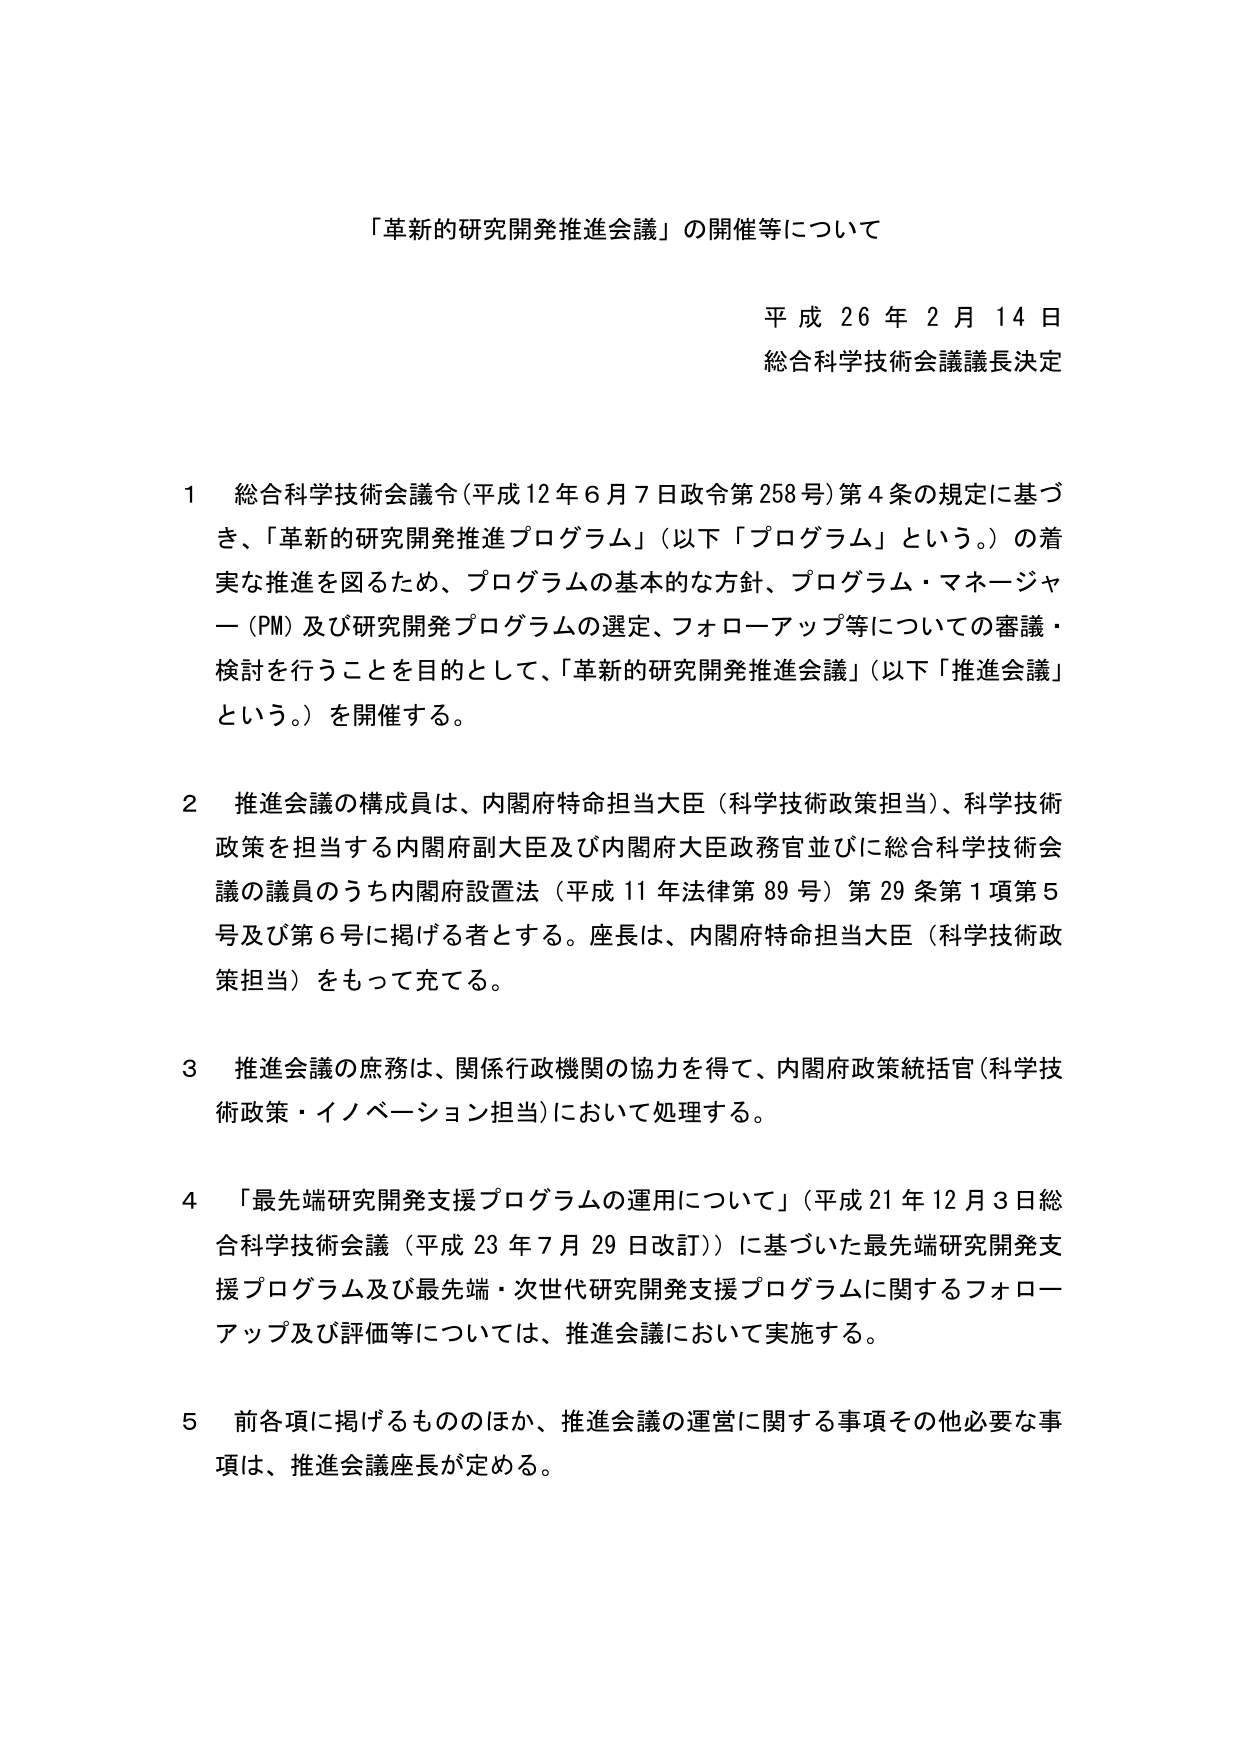
「革新的研究開発推進会議」の開催等について

平成26年2月14日
総合科学技術会議議長決定

1 総合科学技術会議令（平成12年6月7日政令第258号）第4条の規定に基づき、「革新的研究開発推進プログラム」（以下「プログラム」という。）の着実な推進を図るため、プログラムの基本的な方針、プログラム・マネージャー（PM）及び研究開発プログラムの選定、フォローアップ等についての審議・検討を行うことを目的として、「革新的研究開発推進会議」（以下「推進会議」という。）を開催する。

2 推進会議の構成員は、内閣府特命担当大臣（科学技術政策担当）、科学技術政策を担当する内閣府副大臣及び内閣府大臣政務官並びに総合科学技術会議の議員のうち内閣府設置法（平成11年法律第89号）第29条第1項第5号及び第6号に掲げる者とする。座長は、内閣府特命担当大臣（科学技術政策担当）をもって充てる。

3 推進会議の庶務は、関係行政機関の協力を得て、内閣府政策統括官（科学技術政策・イノベーション担当）において処理する。

4 「最先端研究開発支援プログラムの運用について」（平成21年12月3日総合科学技術会議（平成23年7月29日改訂））に基づいた最先端研究開発支援プログラム及び最先端・次世代研究開発支援プログラムに関するフォローアップ及び評価等については、推進会議において実施する。

5 前各項に掲げるもののほか、推進会議の運営に関する事項その他必要な事項は、推進会議座長が定める。